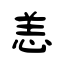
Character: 恙